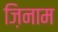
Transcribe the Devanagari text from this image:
ज़िनाम